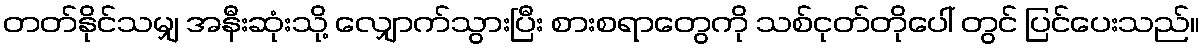
တတ်နိုင်သမျှ အနီးဆုံးသို့ လျှောက်သွားပြီး စားစရာတွေကို သစ်ငုတ်တိုပေါ် တွင် ပြင်ပေးသည်။